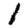
Digit: 1